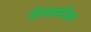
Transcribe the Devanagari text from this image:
सेनानींना